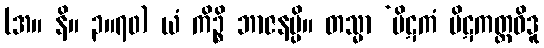
(အ။ နိ။ ၃။၇၀) ယံ ကိဉ္စိ ဘာဇနမ္ပိ။ တသ္မာ ‘ပိဋကံ ပိဋကတ္ထဝိဒူ